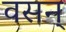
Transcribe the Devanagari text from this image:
वसन्